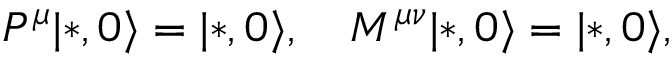
P ^ { \mu } | * , 0 \rangle = | * , 0 \rangle , \quad M ^ { \mu \nu } | * , 0 \rangle = | * , 0 \rangle ,